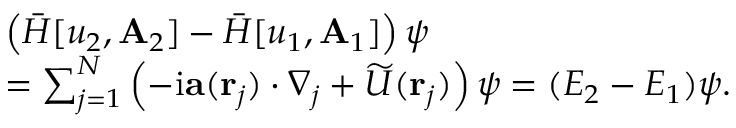
\begin{array} { r l } & { \left( \bar { H } [ u _ { 2 } , \mathbf { A } _ { 2 } ] - \bar { H } [ u _ { 1 } , \mathbf { A } _ { 1 } ] \right) \psi } \\ & { = \sum _ { j = 1 } ^ { N } \left( - \mathrm { i } \mathbf { a } ( \mathbf { r } _ { j } ) \cdot \nabla _ { j } + \widetilde { U } ( \mathbf { r } _ { j } ) \right) \psi = ( E _ { 2 } - E _ { 1 } ) \psi . } \end{array}